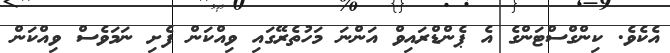
އެކެވެ. ކިންގްސްޓަންގެ އެ ޕެންޑްރައިވް އަންނަ މަހުތެރޭގައި ވިއްކަން ފެށި ނަމަވެސް ވިއްކަން